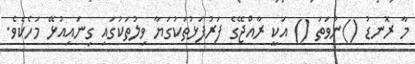
މާ ރޮނޑު ()ނުވަތަ () އަކީ ރާއްޖޭގެ ފަރުފަޅުތަކުގަޔާ ވިލުތަކުގައި ގިނައިއުޅޭ މަހެކެވެ.